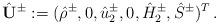
LaTeX: \begin{align*}\hat{\mathbf U}^\pm:=(\hat{\rho}^\pm, 0, \hat{u}^\pm_2, 0, \hat{H}_2^\pm, \hat S^\pm)^T\,.\end{align*}